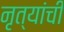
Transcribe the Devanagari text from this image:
नृत्यांची